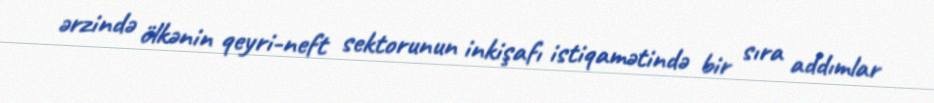
ərzində ölkənin qeyri-neft sektorunun inkişafı istiqamətində bir sıra addımlar